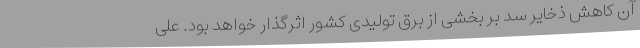
آن کاهش ذخایر سد بر بخشی از برق تولیدی کشور اثرگذار خواهد بود. علی